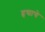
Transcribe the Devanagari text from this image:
हृद्याचे